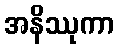
အနိဿုကာ